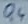
Text: Q4